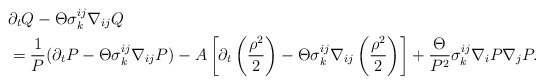
\begin{align*}&\partial_{t}Q-\Theta\sigma^{ij}_{k}\nabla_{ij}Q\\&=\frac{1}{P}(\partial_{t}P-\Theta\sigma^{ij}_{k}\nabla_{ij}P)-A\left[\partial_{t}\left(\frac{\rho^{2}}{2}\right)-\Theta\sigma^{ij}_{k}\nabla_{ij}\left(\frac{\rho^{2}}{2}\right)\right]+\frac{\Theta}{P^{2}}\sigma^{ij}_{k}\nabla_{i}P\nabla_{j}P.\end{align*}